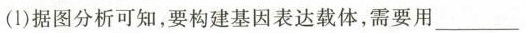
(1)据图分析可知，要构建基因表达载体，需要用___